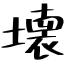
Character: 壊